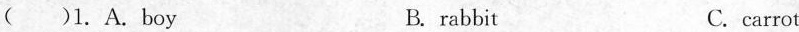
( )1. A.B. rabbit C.carrot